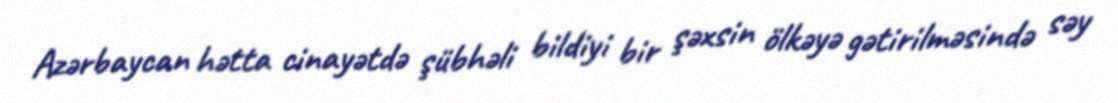
Azərbaycan hətta cinayətdə şübhəli bildiyi bir şəxsin ölkəyə gətirilməsində səy